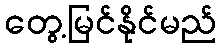
တွေ့မြင်နိုင်မည်